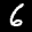
Label: 6